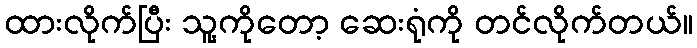
ထားလိုက်ပြီး သူ့ကိုတော့ ဆေးရုံကို တင်လိုက်တယ်။